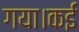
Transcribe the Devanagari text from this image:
गया।कई